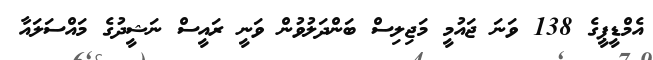
އެމްޑީޕީގެ 138 ވަނަ ޖައުމީ މަޖިލިސް ބަންދަލުވުން ވަނީ ރައީސް ނަޝީދުގެ މައްސަލައާ